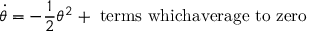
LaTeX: \dot { \theta } = - \frac { 1 } { 2 } \theta ^ { 2 } + \mathrm { ~ t e r m s ~ w h i c h a v e r a g e ~ t o ~ z e r o }